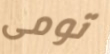
تومى